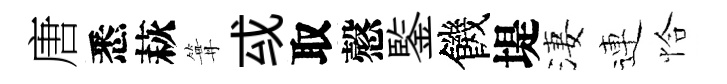
唐悉萩篝㦯取慤鍳饑堤淒連恰